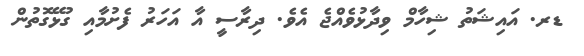
ޑރ. އައިޝަތު ޝިހާމް ވިދާޅުވެއްޖެ އެވެ. ދިރާސީ އާ އަހަރު ފެށުމާއި ގުޅޭގޮތުން